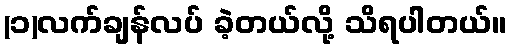
(၁)လက်ချန်လပ် ခဲ့တယ်လို့ သိရပါတယ်။